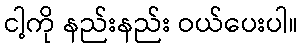
ငါ့ကို နည်းနည်း ဝယ်ပေးပါ။